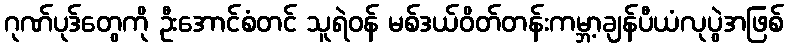
ဂုဏ်ပုဒ်တွေကို ဦးအောင်စံတင် သူရဲဝန် မစ်ဒယ်ဝိတ်တန်းကမ္ဘာ့ချန်ပီယံလုပွဲအဖြစ်